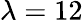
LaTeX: \lambda=12